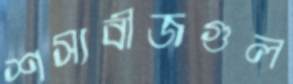
শস্যবীজগুল